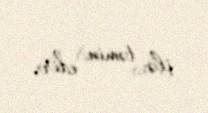
ilə təmin edir.